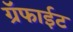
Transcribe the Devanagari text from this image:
ग्रॅफाईट